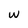
Character: W